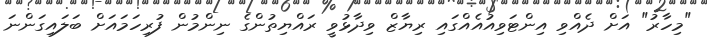
"މިހާރު" އަށް ދެއްވި އިންޓަވިއުއެއްގައި ރިޔާޒް ވިދާޅުވީ ރައްޔިތުންގެ ނިންމުން ފުރިހަމައަށް ބަލައިގަންނަ